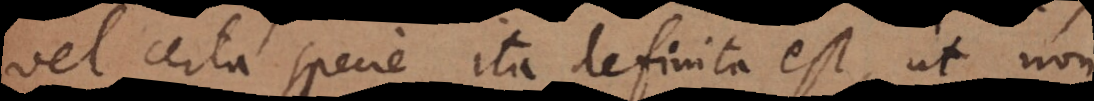
vel certa specie ita definita est, ut non